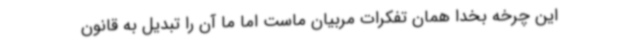
این چرخه بخدا همان تفکرات مربیان ماست اما ما آن را تبدیل به قانون